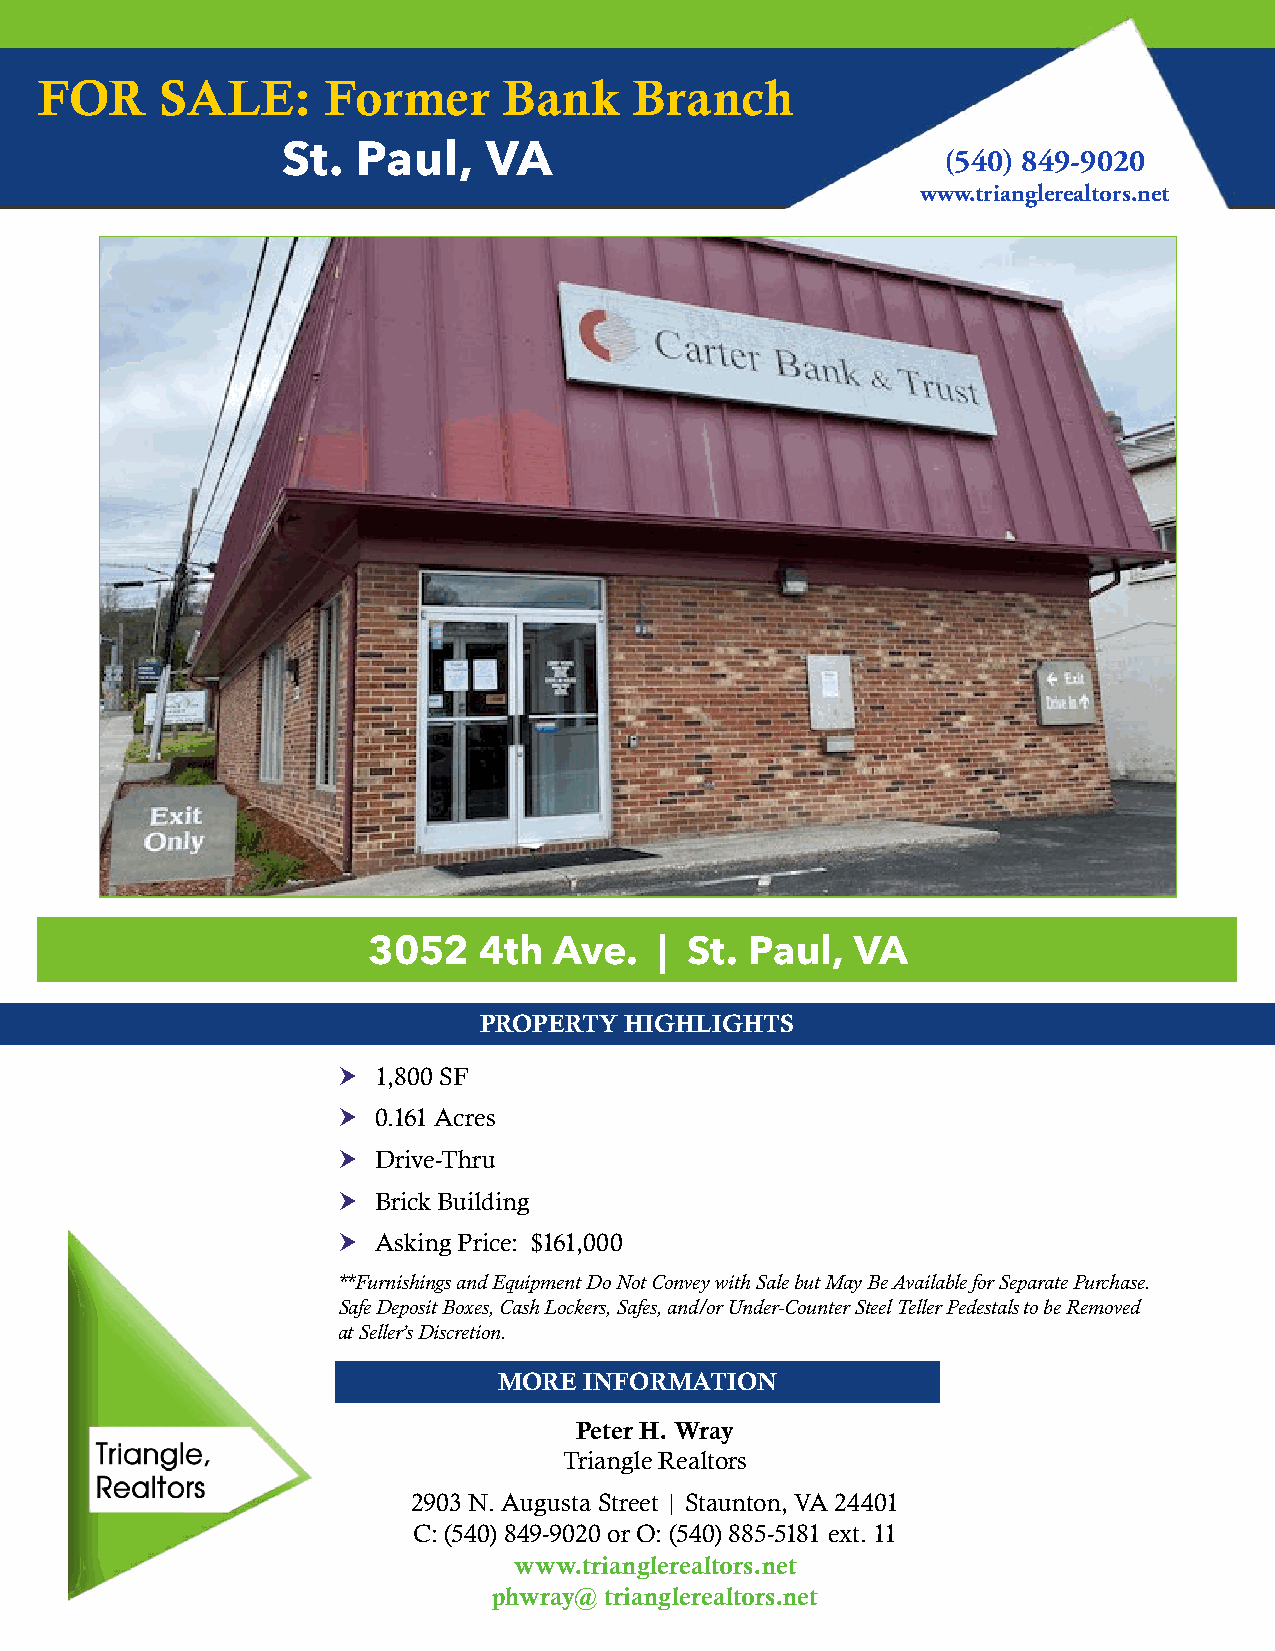
FOR      SALE:      Former     Bank     Branch
 St.  Paul,   VA                            (540) 849-9020
 www.trianglerealtors.net
 3052    4th  Ave.   | St. Paul,  VA
 PROPERTY HIGHLIGHTS
   1,800 SF
   0.161 Acres
   Drive-Thru
   Brick Building
   Asking Price: $161,000
 **Furnishings and Equipment Do Not Convey with Sale but May Be Available for Separate Purchase.
 Safe Deposit Boxes, Cash Lockers, Safes, and/or Under-Counter Steel Teller Pedestals to be Removed
 at Seller’s Discretion.
 MORE  INFORMATION
 Peter H. Wray
 Triangle Realtors
 2903 N. Augusta Street | Staunton, VA 24401
 C: (540) 849-9020 or O: (540) 885-5181 ext. 11
 www.trianglerealtors.net
 phwray@ trianglerealtors.net